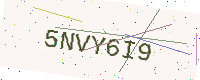
Text: 5NVY6I9